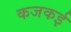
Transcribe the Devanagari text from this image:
कजकई